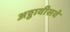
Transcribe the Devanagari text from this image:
अठ्ठावीसवे